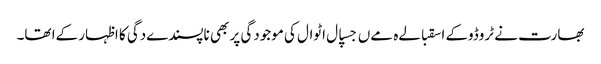
بھارت نے ٹروڈوکے اسقبالےہ مےں جسپال اٹوال کی موجودگی پر بھی ناپسندےدگی کا اظہار کےا تھا۔